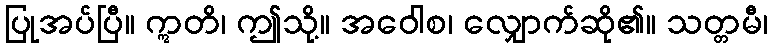
ပြုအပ်ပြီ။ ဣတိ၊ ဤသို့။ အဝေါစ၊ လျှောက်ဆို၏။ သတ္တမီ၊